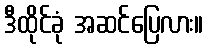
ဒီထိုင်ခုံ အဆင်ပြေလား။